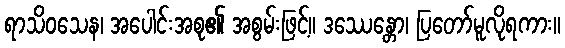
ရာသိဝသေန၊ အပေါင်းအစု၏ အစွမ်းဖြင့်။ ဒဿေန္တော၊ ပြတော်မူလိုရကား။